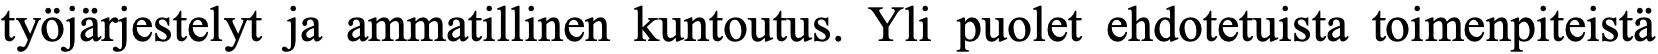
työjärjestelyt ja ammatillinen kuntoutus. Yli puolet ehdotetuista toimenpiteistä